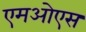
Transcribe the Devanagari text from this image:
एमओएस